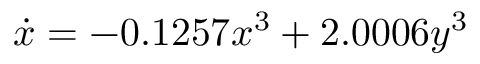
\dot { x } = - 0 . 1 2 5 7 x ^ { 3 } + 2 . 0 0 0 6 y ^ { 3 }